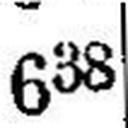
638